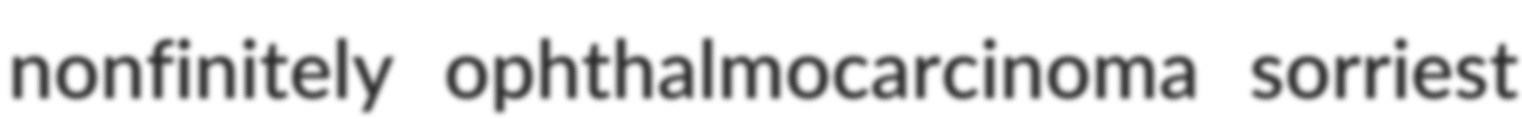
nonfinitely ophthalmocarcinoma sorriest